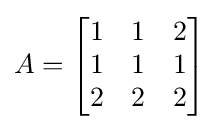
A={\begin{bmatrix}1&1&2\\1&1&1\\2&2&2\\\end{bmatrix}}